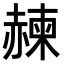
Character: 𧹯